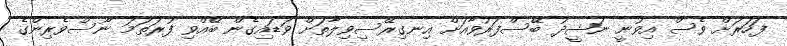
ފަހަރަށް ވެސް އިވުނީ ނަޝީދު ބޭސްފަރުވާއަށް އިނގިރޭސިވިލާތަށް ވަޑައިގެން ބޭއްވި ފުރަތަމަ ނޫސްވެރިންގެ